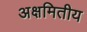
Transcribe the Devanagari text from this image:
अक्षमितीय